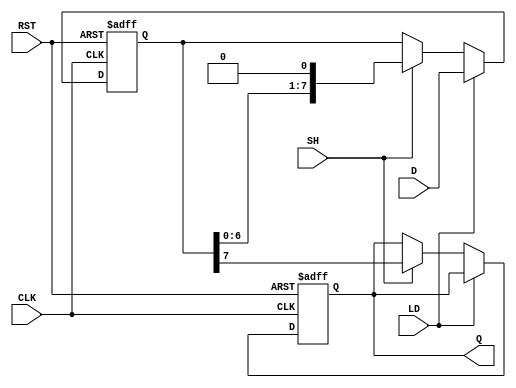
module PISO_Register (
    input wire [7:0] D,      // 8-bit parallel input data
    input wire LD,           // Load control signal
    input wire SH,           // Shift control signal
    input wire CLK,          // Clock signal
    output reg Q,            // Serial output
    input wire RST           // Optional asynchronous reset signal
);

    reg [7:0] shift_reg;     // 8-bit shift register

    // Asynchronous reset and data loading
    always @(posedge CLK or posedge RST) begin
        if (RST) begin
            shift_reg <= 8'b0; // Clear the shift register on reset
            Q <= 1'b0;         // Clear the output on reset
        end else begin
            if (LD) begin
                shift_reg <= D; // Load data into the shift register
            end else if (SH) begin
                Q <= shift_reg[7]; // Output the MSB
                shift_reg <= {shift_reg[6:0], 1'b0}; // Shift right
            end
        end
    end

endmodule